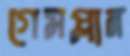
গেমপ্লান